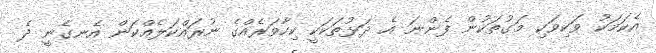
އެކަމަކު ވަކިވަކި މަގުތަކުން ފެންނަ އެ ދަޅުތަކަކީ ކިހާވަރެއްގެ ނުރައްކަލެއްކަން އެނގެނީ ދެ